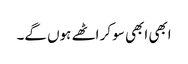
ابھی ابھی سو کر اٹھے ہوں گے۔